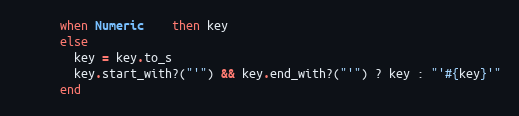
Language: Ruby
      when Numeric    then key
      else
        key = key.to_s
        key.start_with?("'") && key.end_with?("'") ? key : "'#{key}'"
      end